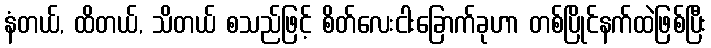
နံတယ်, ထိတယ်, သိတယ် စသည်ဖြင့် စိတ်လေးငါးခြောက်ခုဟာ တစ်ပြိုင်နက်ထဲဖြစ်ပြီး